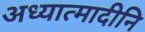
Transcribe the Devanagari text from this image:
अध्यात्मादीनि